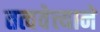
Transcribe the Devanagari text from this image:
तत्ववेत्त्याने